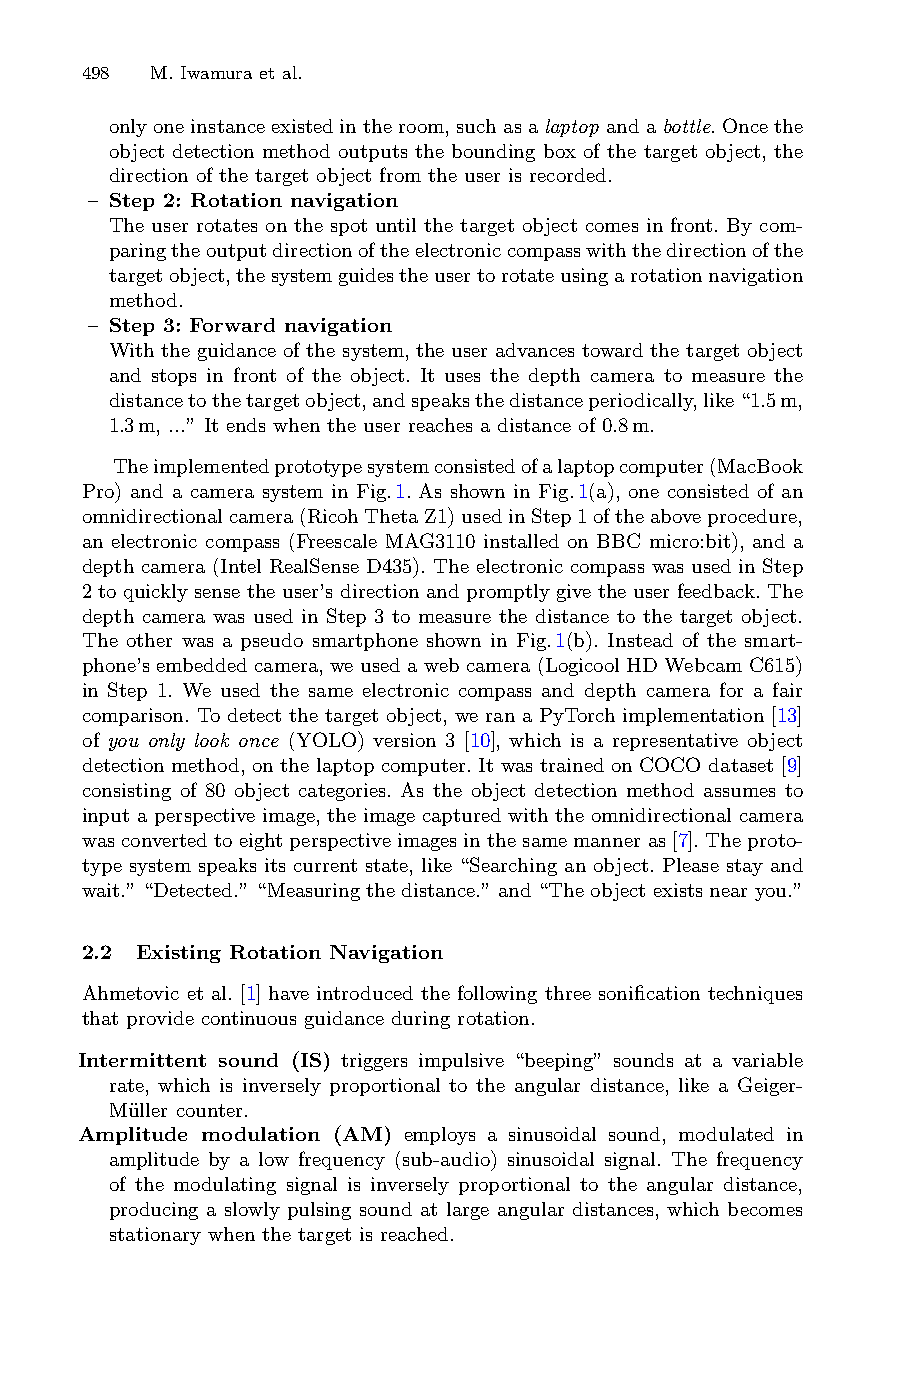
498  M. Iwamura et al.
 onlyoneinstanceexistedintheroom,suchasalaptop andabottle.Oncethe
 object detection method outputs the bounding box of the target object, the
 direction of the target object from the user is recorded.
 – Step 2: Rotation navigation
 The user rotates on the spot until the target object comes in front. By com-
 paringtheoutputdirectionoftheelectroniccompasswiththedirectionofthe
 targetobject,thesystemguidestheusertorotateusingarotationnavigation
 method.
 – Step 3: Forward navigation
 With the guidance of the system, the user advances toward the target object
 and stops in front of the object. It uses the depth camera to measure the
 distancetothetargetobject,andspeaksthedistanceperiodically,like“1.5m,
 1.3m, ...” It ends when the user reaches a distance of 0.8m.
 Theimplementedprototypesystemconsistedofalaptopcomputer(MacBook
 Pro) and a camera system in Fig.1. As shown in Fig.1(a), one consisted of an
 omnidirectionalcamera(RicohThetaZ1)usedinStep1oftheaboveprocedure,
 an electronic compass (Freescale MAG3110 installed on BBC micro:bit), and a
 depth camera (Intel RealSense D435). The electronic compass was used in Step
 2 to quickly sense the user’s direction and promptly give the user feedback. The
 depth camera was used in Step 3 to measure the distance to the target object.
 The other was a pseudo smartphone shown in Fig.1(b). Instead of the smart-
 phone’s embedded camera, we used a web camera (Logicool HD Webcam C615)
 in Step 1. We used the same electronic compass and depth camera for a fair
 comparison. To detect the target object, we ran a PyTorch implementation [13]
 of you only look once (YOLO) version 3 [10], which is a representative object
 detection method, on the laptop computer. It was trained on COCO dataset [9]
 consisting of 80 object categories. As the object detection method assumes to
 input a perspective image, the image captured with the omnidirectional camera
 wasconvertedtoeightperspectiveimagesinthesamemanneras[7].Theproto-
 type system speaks its current state, like “Searching an object. Please stay and
 wait.”“Detected.”“Measuringthedistance.”and“Theobjectexistsnearyou.”
 2.2 Existing Rotation Navigation
 Ahmetovic et al. [1] have introduced the following three sonification techniques
 that provide continuous guidance during rotation.
 Intermittent sound (IS) triggers impulsive “beeping” sounds at a variable
 rate, which is inversely proportional to the angular distance, like a Geiger-
 Mu¨ller counter.
 Amplitude modulation (AM) employs a sinusoidal sound, modulated in
 amplitude by a low frequency (sub-audio) sinusoidal signal. The frequency
 of the modulating signal is inversely proportional to the angular distance,
 producing a slowly pulsing sound at large angular distances, which becomes
 stationary when the target is reached.